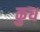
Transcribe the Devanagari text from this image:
कुध